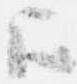
歟